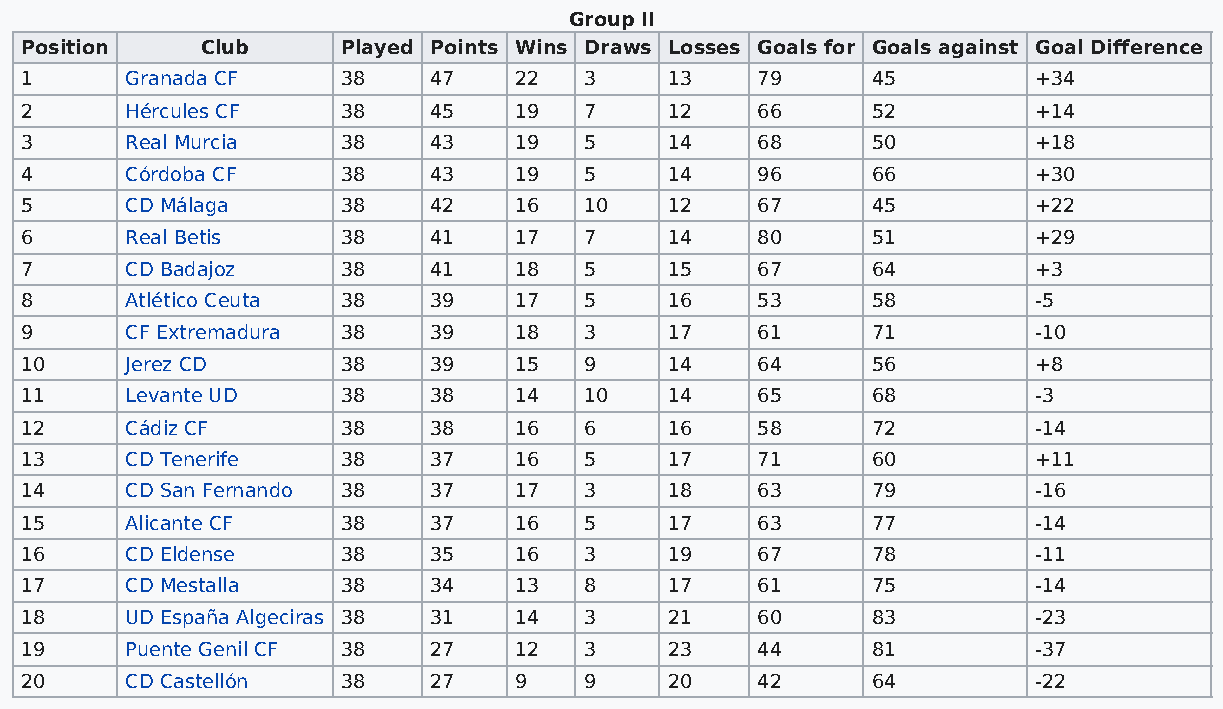
Group II
 Position    Club      Played Points Wins Draws Losses Goals for Goals against Goal Difference
 1      Granada CF     38   47    22   3    13    79      45         +34
 2      Hércules CF    38   45    19   7    12    66      52         +14
 3      Real Murcia    38   43    19   5    14    68      50         +18
 4      Córdoba CF     38   43    19   5    14    96      66         +30
 5      CD Málaga      38   42    16   10   12    67      45         +22
 6      Real Betis     38   41    17   7    14    80      51         +29
 7      CD Badajoz     38   41    18   5    15    67      64         +3
 8      Atlético Ceuta 38   39    17   5    16    53      58         -5
 9      CF Extremadura 38   39    18   3    17    61      71         -10
 10     Jerez CD       38   39    15   9    14    64      56         +8
 11     Levante UD     38   38    14   10   14    65      68         -3
 12     Cádiz CF       38   38    16   6    16    58      72         -14
 13     CD Tenerife    38   37    16   5    17    71      60         +11
 14     CD San Fernando 38  37    17   3    18    63      79         -16
 15     Alicante CF    38   37    16   5    17    63      77         -14
 16     CD Eldense     38   35    16   3    19    67      78         -11
 17     CD Mestalla    38   34    13   8    17    61      75         -14
 18     UD España Algeciras 38 31 14   3    21    60      83         -23
 19     Puente Genil CF 38  27    12   3    23    44      81         -37
 20     CD Castellón   38   27    9    9    20    42      64         -22